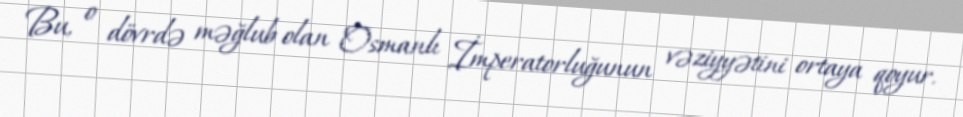
Bu, o dövrdə məğlub olan Osmanlı İmperatorluğunun vəziyyətini ortaya qoyur.